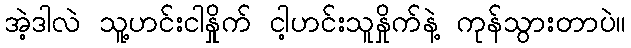
အဲ့ဒါလဲ သူ့ဟင်းငါနှိုက် ငါ့ဟင်းသူနှိုက်နဲ့ ကုန်သွားတာပဲ။